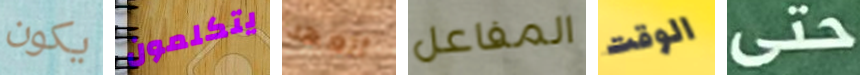
يكون يتكلمون أتعهد المفاعل الوقت حتى